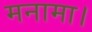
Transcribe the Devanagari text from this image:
मनामा।